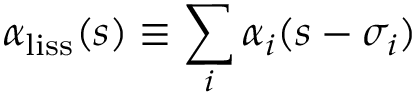
\alpha _ { \mathrm { { l i s s } } } ( s ) \equiv \sum _ { i } \alpha _ { i } ( s - \sigma _ { i } )